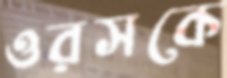
ওরসকে